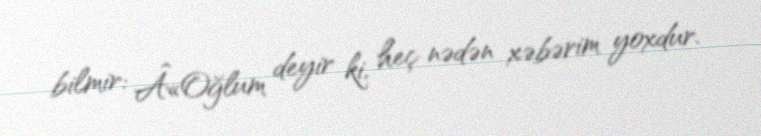
bilmir: Â«Oğlum deyir ki, heç nədən xəbərim yoxdur.